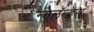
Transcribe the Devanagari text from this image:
न्यूलॅन्ड्स